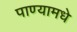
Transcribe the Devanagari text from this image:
पाण्यामधे